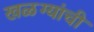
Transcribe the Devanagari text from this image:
खळग्यांची